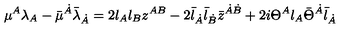
{ \mu } { } ^ { A } \lambda _ { A } - \bar { \mu } { } ^ { \dot { A } } { \bar { \lambda } } _ { \dot { A } } = 2 \l _ { A } \l _ { B } z ^ { A B } - 2 \bar { \l } _ { \dot { A } } \bar { \l } _ { \dot { B } } \bar { z } ^ { \dot { A } \dot { B } } + 2 i \Theta ^ { A } \l _ { A } \bar { \Theta } ^ { \dot { A } } \bar { \l } _ { \dot { A } }